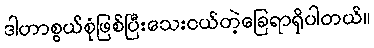
ဒါဟာစွယ်စုံဖြစ်ပြီးသေးငယ်တဲ့ခြေရာရှိပါတယ်။